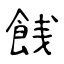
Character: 䬻